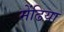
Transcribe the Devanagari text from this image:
मेंढिया